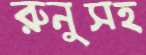
রুনুসহ